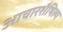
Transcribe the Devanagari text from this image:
आचारशैथिल्य